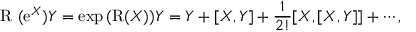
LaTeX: \mathrm { ~ \cal { R } ~ } ( \mathrm { e } ^ { X } ) Y = \exp { ( \mathrm { R } ( X ) ) } Y = Y + [ X , Y ] + \frac { 1 } { 2 ! } [ X , [ X , Y ] ] + \cdots ,